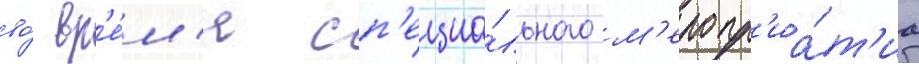
во́ вр'е́м'я сп'ециа́льного м'еропр'иа́т'иа